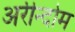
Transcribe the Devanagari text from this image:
अरीन्दोम